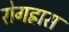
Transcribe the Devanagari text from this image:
रोगह्रास